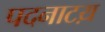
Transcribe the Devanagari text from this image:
पदनाटय़